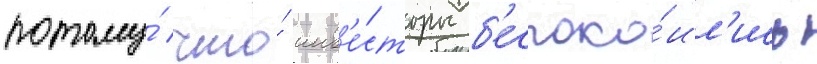
потому́ что́ инв'е́сторы б'еспоко́ил'ись